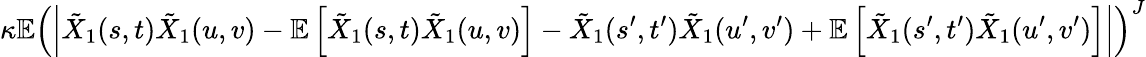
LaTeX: \kappa\mathbb{E}\left(\left|\tilde{X}_{1}(s,t)\tilde{X}_{1}(u,v)-\mathbb{E}\left[\tilde{X}_{1}(s,t)\tilde{X}_{1}(u,v)\right]-\tilde{X}_{1}(s^{\prime},t^{\prime})\tilde{X}_{1}(u^{\prime},v^{\prime})+\mathbb{E}\left[\tilde{X}_{1}(s^{\prime},t^{\prime})\tilde{X}_{1}(u^{\prime},v^{\prime})\right]\right|\right)^{J}